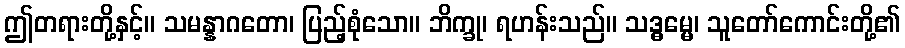
ဤတရားတို့နှင့်။ သမန္နာဂတော၊ ပြည့်စုံသော။ ဘိက္ခု၊ ရဟန်းသည်။ သဒ္ဓမ္မေ၊ သူတော်ကောင်းတို့၏